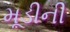
મૂડીની